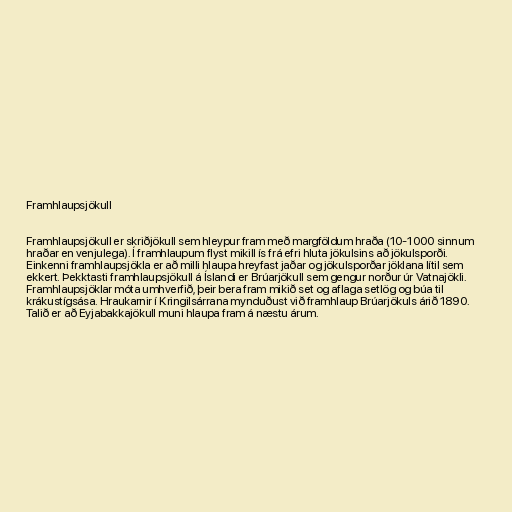
Framhlaupsjökull

Framhlaupsjökull er skriðjökull sem hleypur fram með margföldum hraða (10-1000 sinnum
hraðar en venjulega). Í framhlaupum flyst mikill ís frá efri hluta jökulsins að jökulsporði.
Einkenni framhlaupsjökla er að milli hlaupa hreyfast jaðar og jökulsporðar jöklana lítil sem
ekkert. Þekktasti framhlaupsjökull á Íslandi er Brúarjökull sem gengur norður úr Vatnajökli.
Framhlaupsjöklar móta umhverfið, þeir bera fram mikið set og aflaga setlög og búa til
krákustígsása. Hraukarnir í Kringilsárrana mynduðust við framhlaup Brúarjökuls árið 1890.
Talið er að Eyjabakkajökull muni hlaupa fram á næstu árum.